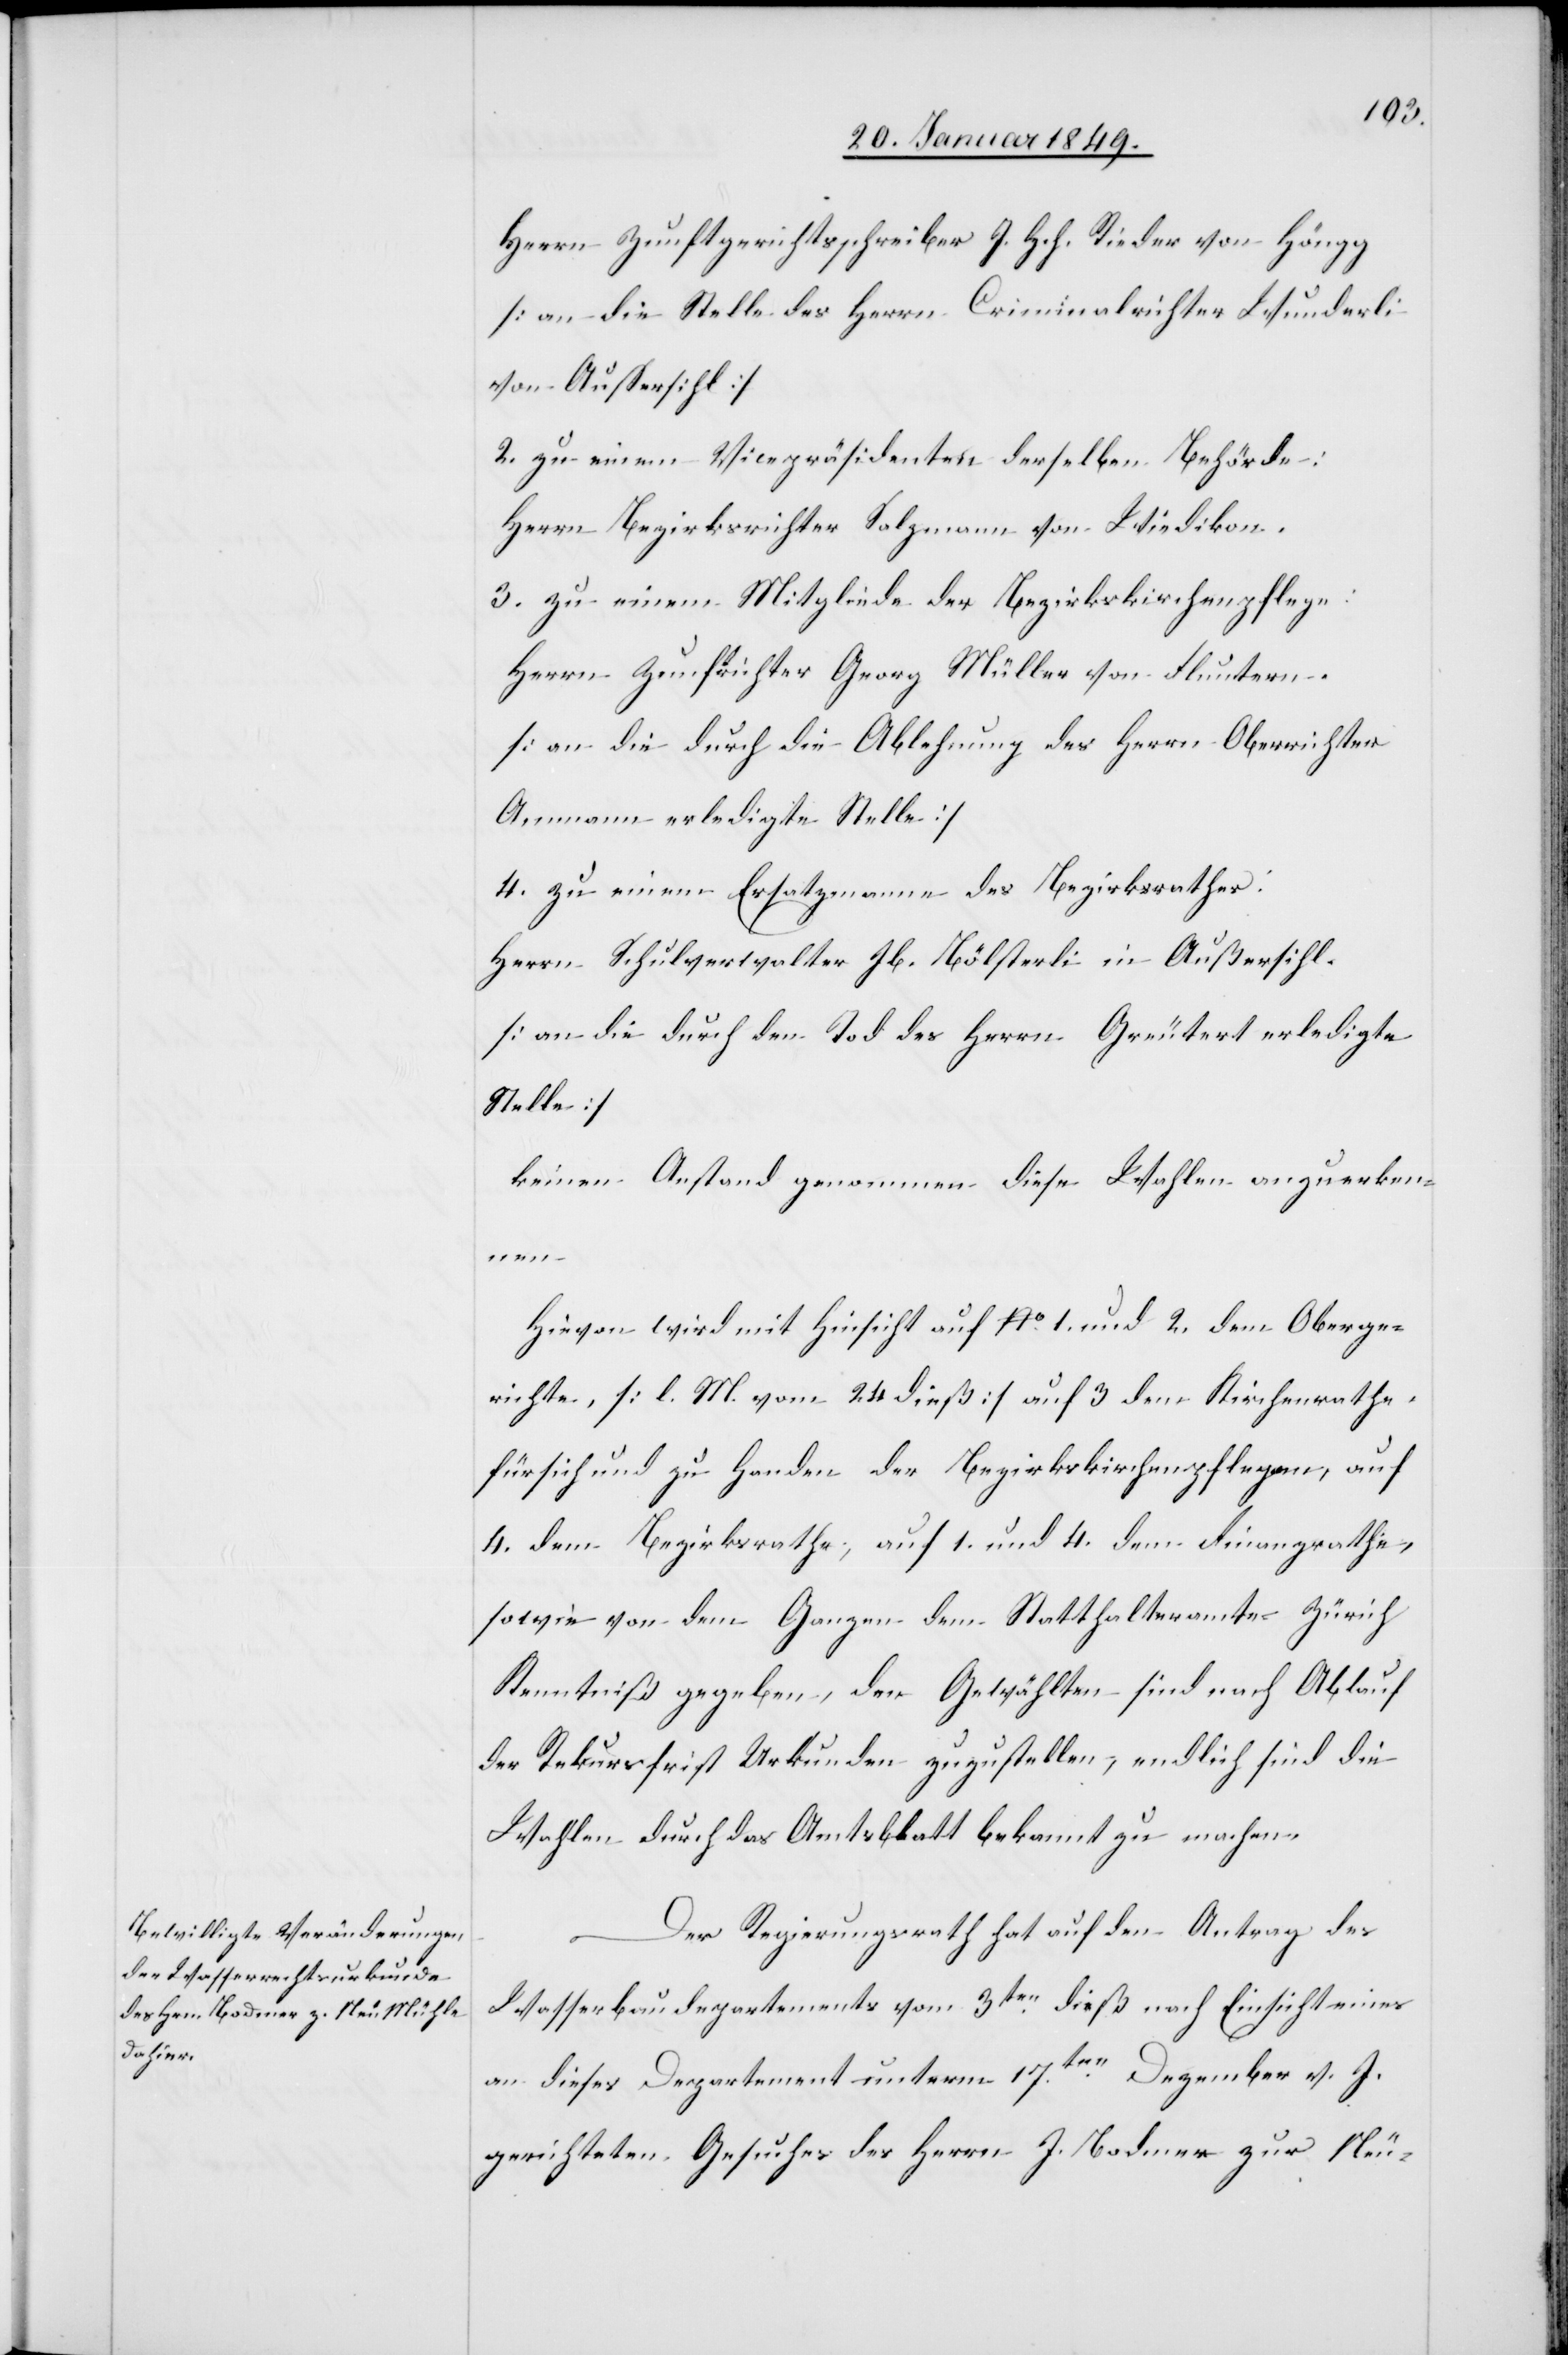
Herrn Zunftgerichtsschreiber J. Hch. Rieder von Höngg
[an die Stelle des Herrn Criminalrichter Wunderli
von Aussersihl]
2. zu einem Vicepräsidenten derselben Behörde:
Herrn Bezirksrichter Salzmann von Wiedikon.
3. zu einem Mitgliede der Bezrikskirchenpflege:
Herrn Zunftrichter Georg Müller von Fluntern.
[an die durch die Ablehnung des Herrn Oberrichter
Ammann erledigte Stelle]
4. zu einem Ersatzmanne des Bezirksrathes:
Herrn Schulverwalter J. Bölsterli in Außersihl.
[an die durch den Tod des Herrn Greutert erledigte
Stelle]
keinen Anstand genommen diese Wahlen anzuerken¬
nen.
Hievon wird mit Hinsicht auf No. 1. und 2. dem Oberge¬
richte, [l. M. vom 24 dieß] auf 3 dem Kirchenrathe
für sich und zu Handen der Bezirkskirchenpflegen, auf
4. dem Bezirksrathe, auf 1. und 4. dem Finanzrathe,
sowie von dem Ganzen dem Statthalteramte Zürich
Kenntniß gegeben, den Gewählten sind nach Ablauf
der Rekursfrist Urkunden zuzustellen, endlich sind die
Wahlen durch das Amtsblatt bekannt zu machen.
Der Regierungsrath hat auf den Antrag des
Wasserbaudepartements vom 3ten. dieß nach Einsicht eines
an dieses Departement unterm 17ten. Dezember v. J.
gerichteten Gesuches des Herrn J. Bodmer zur Neu-